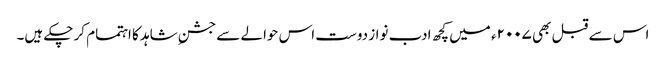
اس سے قبل بھی ۲۰۰۷ء میں کچھ ادب نواز دوست اس حوالے سے جشنِ شاہد کا اہتمام کر چکے ہیں۔